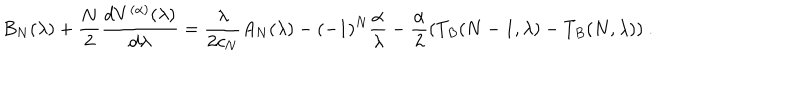
\! \! \! \! \! \! \! \! B _ { N } ( \lambda ) + \frac { N } { 2 } \frac { \mathrm { d } V ^ { ( \alpha ) } ( \lambda ) } { \mathrm { d } \lambda } = \frac { \lambda } { 2 c _ { N } } A _ { N } ( \lambda ) - ( - 1 ) ^ { N } \frac { \alpha } { \lambda } - \frac { \alpha } { 2 } ( T _ { B } ( N - 1 , \lambda ) - T _ { B } ( N , \lambda ) ) \ .